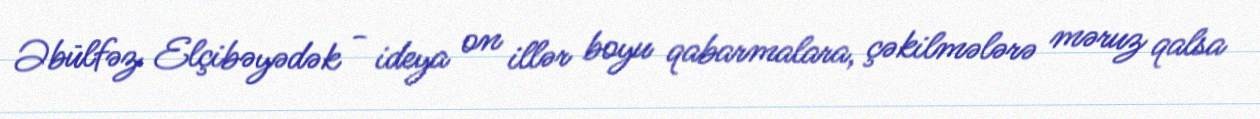
Əbülfəz Elçibəyədək - ideya on illər boyu qabarmalara, çəkilmələrə məruz qalsa